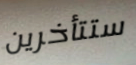
ستتأخرين